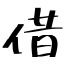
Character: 借